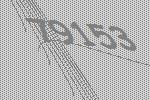
79153